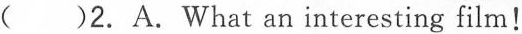
( )2.A.What an interesting film!